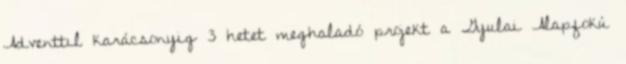
Adventtıl karácsonyig 3 hetet meghaladó projekt a Gyulai Alapfokú